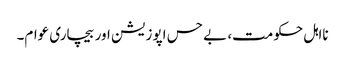
نااہل حکومت، بے حس اپوزیشن اور بیچاری عوام۔